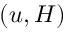
( u , H )